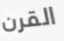
القرن